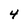
Character: 4